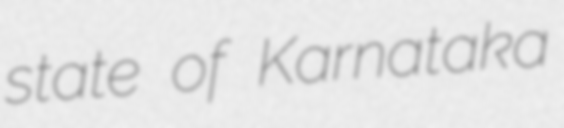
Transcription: state of Karnataka